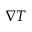
\nabla T